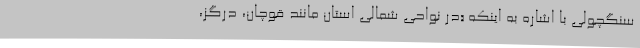
سنگچولی با اشاره به اینکه «در نواحی شمالی استان مانند قوچان، درگز،